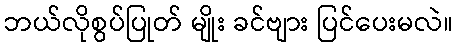
ဘယ်လိုစွပ်ပြုတ် မျိုး ခင်ဗျား ပြင်ပေးမလဲ။